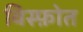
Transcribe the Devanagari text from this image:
विस्फ़ोत